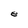
Character: e